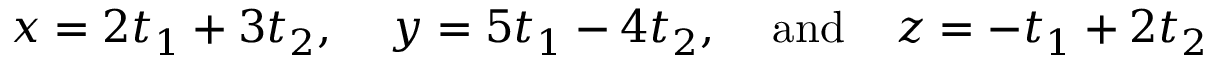
x = 2 t _ { 1 } + 3 t _ { 2 } , \; \; \; \; y = 5 t _ { 1 } - 4 t _ { 2 } , \; \; \; \; { \mathrm { a n d } } \; \; \; \; z = - t _ { 1 } + 2 t _ { 2 }